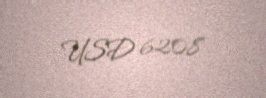
USD 6208